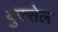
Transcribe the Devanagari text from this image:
युक्सेल